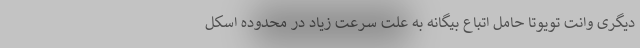
دیگری وانت تویوتا حامل اتباع بیگانه به علت سرعت زیاد در محدوده اسکل